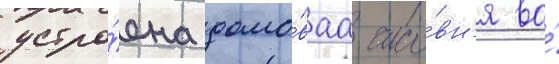
устро́ена домо́ваа часо́вн'я во́